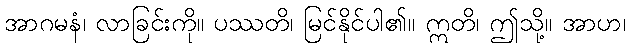
အာဂမနံ၊ လာခြင်းကို။ ပဿတိ၊ မြင်နိုင်ပါ၏။ ဣတိ၊ ဤသို့။ အာဟ၊